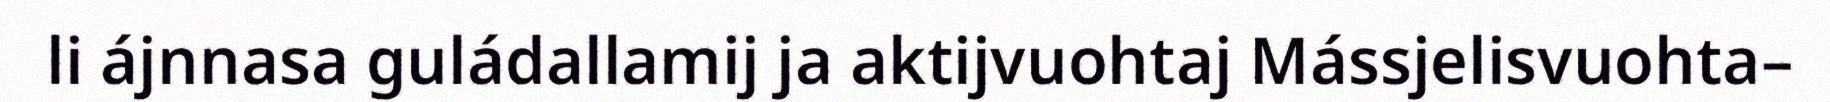
li ájnnasa guládallamij ja aktijvuohtaj Mássjelisvuohta–